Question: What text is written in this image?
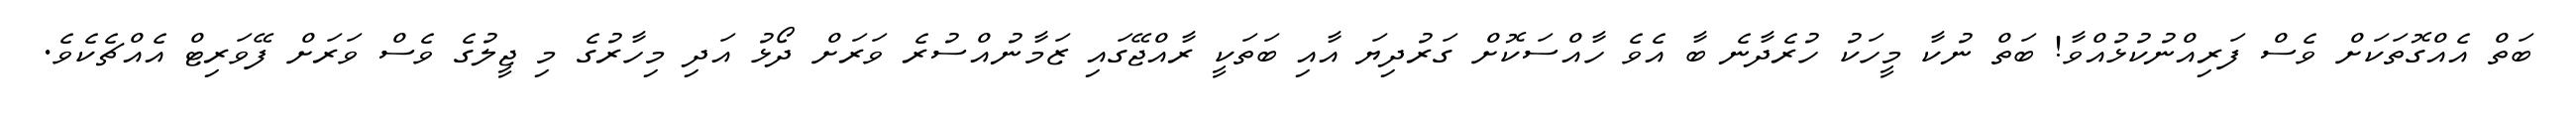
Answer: ބަތް އެއްގޮތަކަށް ވެސް ފަރިއްނުކުޅުއްވާ! ބަތް ނުކާ މީހަކު ހުރެދާނެ ބާ އެވެ ހާއްސަކޮށް ގަރުދިޔަ އާއި ބަތަކީ ރާއްޖޭގައި ޒަމާނުއްސުރެ ވަރަށް ދޯޅު އަދި މިހާރުގެ މި ޖީލުގެ ވެސް ވަރަށް ފޭވަރިޓް އެއްޗެކެވެ.